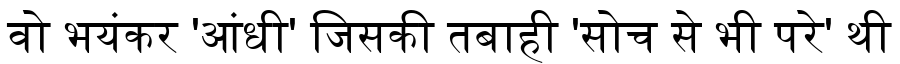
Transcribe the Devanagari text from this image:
वो भयंकर 'आंधी' जिसकी तबाही 'सोच से भी परे' थी